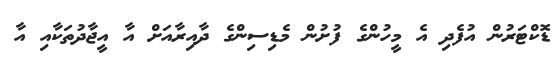
ޑޮކްޓަރުން އުފެދި އެ މީހުންގެ ފުށުން މެޑިސިންގެ ދާއިރާއަށް އާ އީޖާދުތަކާއި އާ